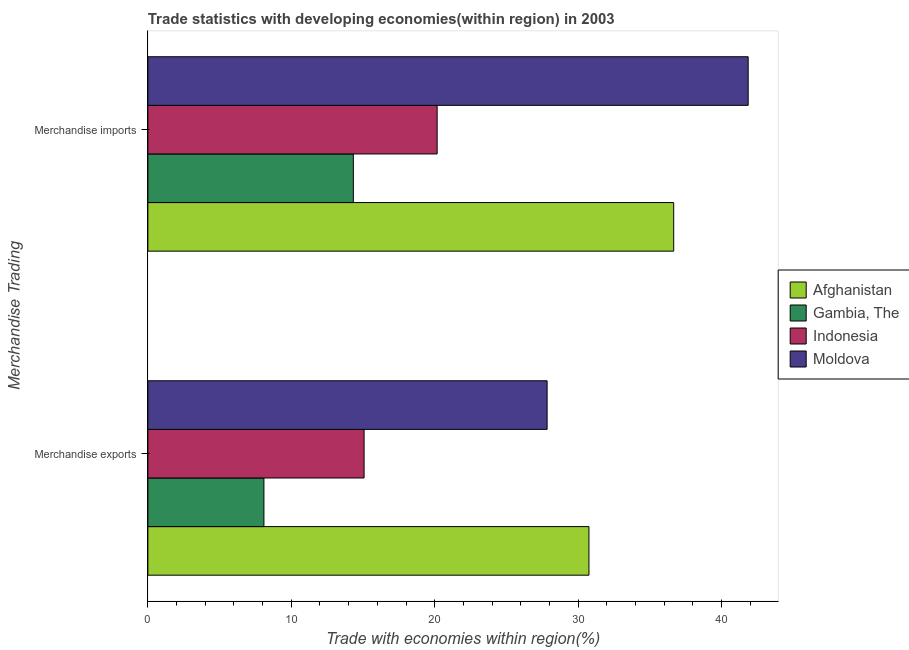
| Merchandise Trading | Afghanistan | Gambia, The | Indonesia | Moldova |
 | --- | --- | --- | --- | --- |
 | Merchandise exports | 30.8 | 8.09 | 15.1 | 27.8 |
 | Merchandise imports | 36.7 | 14.3 | 20.2 | 41.9 |